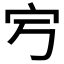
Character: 𡧂